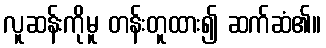
လူဆန်းကိုမူ တန်းတူထား၍ ဆက်ဆံ၏။